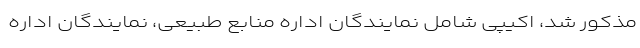
مذکور شد، اکیپی شامل نمایندگان اداره منابع طبیعی، نمایندگان اداره